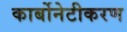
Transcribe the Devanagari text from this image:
कार्बोनेटीकरण